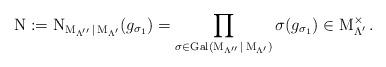
LaTeX: \begin{gather*}\operatorname{N}:=\operatorname{N}_{\operatorname{M}_{\Lambda''}|\operatorname{M}_{\Lambda'}}(g_{\sigma_1})=\prod\limits_{\sigma \in \operatorname{Gal}(\operatorname{M}_{\Lambda''}|\operatorname{M}_{\Lambda'})} \sigma(g_{\sigma_1}) \in \operatorname{M}_{\Lambda'}^{\times}.\end{gather*}